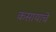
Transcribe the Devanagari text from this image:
कसायाचे